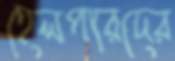
হেলপারদের